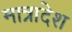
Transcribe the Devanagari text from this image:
मात्रादेश